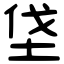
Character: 垡